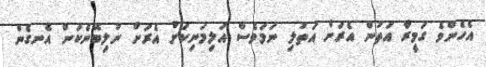
އެހެންވެ ގަމީރާ އަތުން އެރަށް އަތުލި ނަމަވެސް އަލިމަނިކަށް އެރަށް ނުލިބޭނެކަން އެނގެން